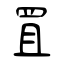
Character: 罝